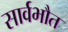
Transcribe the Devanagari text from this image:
सार्वभौत